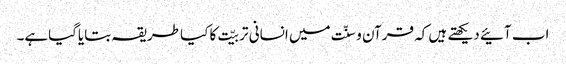
اب آئیے دیکھتے ہیں کہ قرآن و سنّت میں انسانی تربیّت کا کیا طریقہ بتایاگیاہے۔